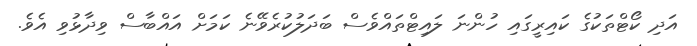
އަދި ކޯޓްތަކުގެ ކައިރީގައި ހުންނަ ލައިޓްތައްވެސް ބަދަލުކުރެވޭނެ ކަމަށް އައްބާސް ވިދާޅުވި އެވެ.